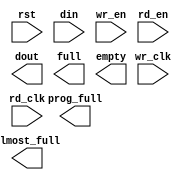
module fifo_xlnx_512x36_2clk_prog_full(
	rst,
	wr_clk,
	rd_clk,
	din,
	wr_en,
	rd_en,
	dout,
	full,
	almost_full,
	empty,
	prog_full);


input rst;
input wr_clk;
input rd_clk;
input [35 : 0] din;
input wr_en;
input rd_en;
output [35 : 0] dout;
output full;
output almost_full;
output empty;
output prog_full;

// synthesis translate_off

      FIFO_GENERATOR_V6_1 #(
		.C_COMMON_CLOCK(0),
		.C_COUNT_TYPE(0),
		.C_DATA_COUNT_WIDTH(9),
		.C_DEFAULT_VALUE("BlankString"),
		.C_DIN_WIDTH(36),
		.C_DOUT_RST_VAL("0"),
		.C_DOUT_WIDTH(36),
		.C_ENABLE_RLOCS(0),
		.C_ENABLE_RST_SYNC(1),
		.C_ERROR_INJECTION_TYPE(0),
		.C_FAMILY("spartan3"),
		.C_FULL_FLAGS_RST_VAL(1),
		.C_HAS_ALMOST_EMPTY(0),
		.C_HAS_ALMOST_FULL(1),
		.C_HAS_BACKUP(0),
		.C_HAS_DATA_COUNT(0),
		.C_HAS_INT_CLK(0),
		.C_HAS_MEMINIT_FILE(0),
		.C_HAS_OVERFLOW(0),
		.C_HAS_RD_DATA_COUNT(0),
		.C_HAS_RD_RST(0),
		.C_HAS_RST(1),
		.C_HAS_SRST(0),
		.C_HAS_UNDERFLOW(0),
		.C_HAS_VALID(0),
		.C_HAS_WR_ACK(0),
		.C_HAS_WR_DATA_COUNT(0),
		.C_HAS_WR_RST(0),
		.C_IMPLEMENTATION_TYPE(2),
		.C_INIT_WR_PNTR_VAL(0),
		.C_MEMORY_TYPE(1),
		.C_MIF_FILE_NAME("BlankString"),
		.C_MSGON_VAL(1),
		.C_OPTIMIZATION_MODE(0),
		.C_OVERFLOW_LOW(0),
		.C_PRELOAD_LATENCY(0),
		.C_PRELOAD_REGS(1),
		.C_PRIM_FIFO_TYPE("512x36"),
		.C_PROG_EMPTY_THRESH_ASSERT_VAL(4),
		.C_PROG_EMPTY_THRESH_NEGATE_VAL(5),
		.C_PROG_EMPTY_TYPE(0),
		.C_PROG_FULL_THRESH_ASSERT_VAL(500),
		.C_PROG_FULL_THRESH_NEGATE_VAL(499),
		.C_PROG_FULL_TYPE(1),
		.C_RD_DATA_COUNT_WIDTH(9),
		.C_RD_DEPTH(512),
		.C_RD_FREQ(1),
		.C_RD_PNTR_WIDTH(9),
		.C_UNDERFLOW_LOW(0),
		.C_USE_DOUT_RST(1),
		.C_USE_ECC(0),
		.C_USE_EMBEDDED_REG(0),
		.C_USE_FIFO16_FLAGS(0),
		.C_USE_FWFT_DATA_COUNT(0),
		.C_VALID_LOW(0),
		.C_WR_ACK_LOW(0),
		.C_WR_DATA_COUNT_WIDTH(9),
		.C_WR_DEPTH(512),
		.C_WR_FREQ(1),
		.C_WR_PNTR_WIDTH(9),
		.C_WR_RESPONSE_LATENCY(1))
	inst (
		.RST(rst),
		.WR_CLK(wr_clk),
		.RD_CLK(rd_clk),
		.DIN(din),
		.WR_EN(wr_en),
		.RD_EN(rd_en),
		.DOUT(dout),
		.FULL(full),
		.ALMOST_FULL(almost_full),
		.EMPTY(empty),
		.PROG_FULL(prog_full),
		.BACKUP(),
		.BACKUP_MARKER(),
		.CLK(),
		.SRST(),
		.WR_RST(),
		.RD_RST(),
		.PROG_EMPTY_THRESH(),
		.PROG_EMPTY_THRESH_ASSERT(),
		.PROG_EMPTY_THRESH_NEGATE(),
		.PROG_FULL_THRESH(),
		.PROG_FULL_THRESH_ASSERT(),
		.PROG_FULL_THRESH_NEGATE(),
		.INT_CLK(),
		.INJECTDBITERR(),
		.INJECTSBITERR(),
		.WR_ACK(),
		.OVERFLOW(),
		.ALMOST_EMPTY(),
		.VALID(),
		.UNDERFLOW(),
		.DATA_COUNT(),
		.RD_DATA_COUNT(),
		.WR_DATA_COUNT(),
		.PROG_EMPTY(),
		.SBITERR(),
		.DBITERR());


// synthesis translate_on

endmodule